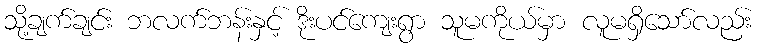
သို့ချက်ချင်း ဘလက်ဘန်းနှင့် ဒိုးပင်ကျေးရွာ သူမကိုယ်မှာ လူမရှိသော်လည်း